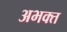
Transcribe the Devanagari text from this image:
अभक्‍त